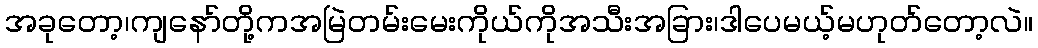
အခုတော့၊ကျနော်တို့ကအမြဲတမ်းမေးကိုယ်ကိုအသီးအခြား၊ဒါပေမယ့်မဟုတ်တော့လဲ။